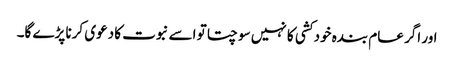
اور اگر عام بندہ خود کشی کا نہیں سوچتا تو اسے نبوت کا دعوی کرنا پڑے گا۔